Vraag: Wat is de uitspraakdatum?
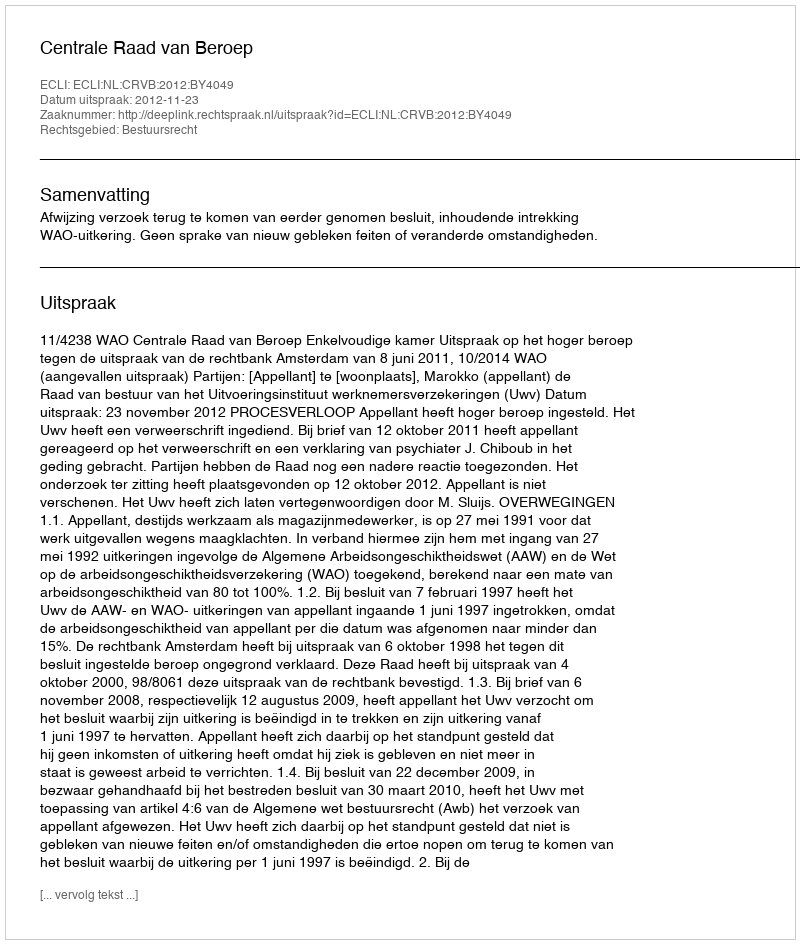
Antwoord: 2012-11-23